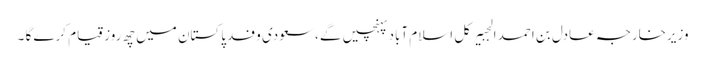
وزیرخارجہ عادل بن احمد الجبیرکل اسلام آباد پہنچیں گے ،سعودی وفد پاکستان میں چھ روز قیام کرے گا ۔